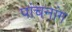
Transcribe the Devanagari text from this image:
पांचनांग